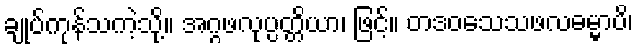
ချုပ်ကုန်သကဲ့သို့။ အဂ္ဂဖလုပ္ပတ္တိယာ၊ ဖြင့်။ တဒဝသေသဖလဓမ္မာပိ၊